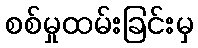
စစ်မှုထမ်းခြင်းမှ